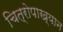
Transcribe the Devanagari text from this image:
चित्रोपाख्यान